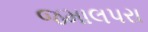
જમાલપરા